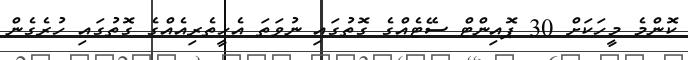
ކޮންމެ މީހަކަށް 30 ޕޮއިންޓް ސޭޓެއްގެ ގޮތުގައި ނުވަތަ އެހީތެރިއެއްގެ ގޮތުގައި ހުރެގެން